Treatise on elephants
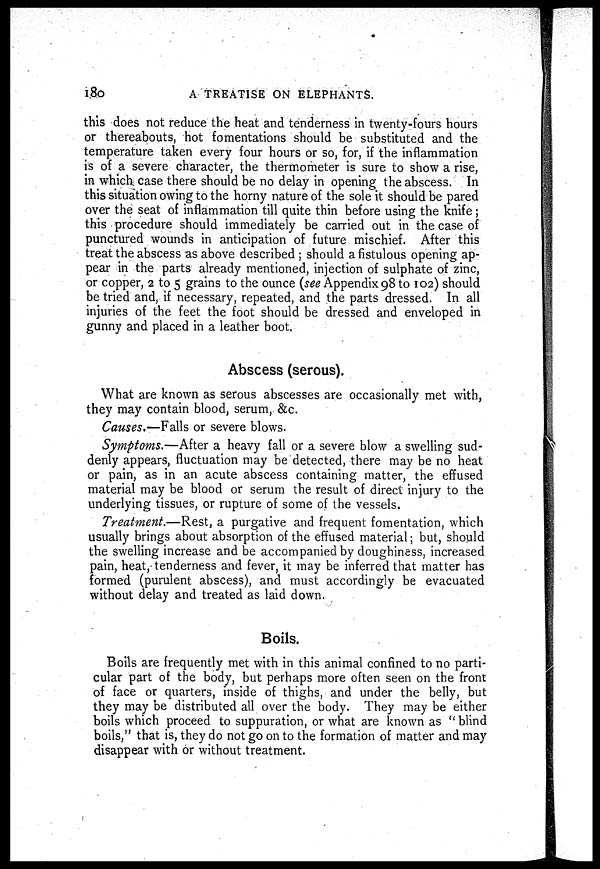
180
A TREATISE ON ELEPHANTS.
this does not reduce the heat and tenderness in twenty-fours hours
or thereabouts, hot fomentations should be substituted and the
temperature taken every four hours or so, for, if the inflammation
is of a severe character, the thermometer is sure to show a rise,
in which case there should be no delay in opening the abscess. In
this situation owing to the horny nature of the sole it should be pared
over the seat of inflammation till quite thin before using the knife;
this procedure should immediately be carried out in the case of
punctured wounds in anticipation of future mischief. After this
treat the abscess as above described ; should a fistulous opening ap-
pear in the parts already mentioned, injection of sulphate of zinc,
or copper, 2 to 5 grains to the ounce (see Appendix 98 to 102) should
be tried and, if necessary, repeated, and the parts dressed. In all
injuries of the feet the foot should be dressed and enveloped in
gunny and placed in a leather boot.
Abscess (serous).
What are known as serous abscesses are occasionally met with,
they may contain blood, serum, &c.
Causes.—Falls or severe blows.
Symptoms.—After a heavy fall or a severe blow a swelling sud-
denly appears, fluctuation may be detected, there may be no heat
or pain, as in an acute abscess containing matter, the effused
material may be blood or serum the result of direct injury to the
underlying tissues, or rupture of some of the vessels.
Treatment.—Rest, a purgative and frequent fomentation, which
usually brings about absorption of the effused material; but, should
the swelling increase and be accompanied by doughiness, increased
pain, heat, tenderness and fever, it may be inferred that matter has
formed (purulent abscess), and must accordingly be evacuated
without delay and treated as laid down.
Boils.
Boils are frequently met with in this animal confined to no parti-
cular part of the body, but perhaps more often seen on the front
of face or quarters, inside of thighs, and under the belly, but
they may be distributed all over the body. They may be either
boils which proceed to suppuration, or what are known as "blind
boils," that is, they do not go on to the formation of matter and may
disappear with or without treatment.